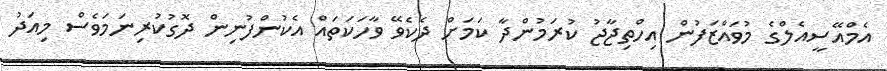
އެމްއޭސީއެލްގެ މުވައްޒަފުން އިހްތިޖާޖު ކުރަމުންދާ ކަމަށް ދެކެވޭ ވާހަކަތައް އެކުންފުނިން ދޮގުކުރިނަމަވެސް މިއަދު